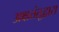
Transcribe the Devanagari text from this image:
अक्षतंतूद्वारा